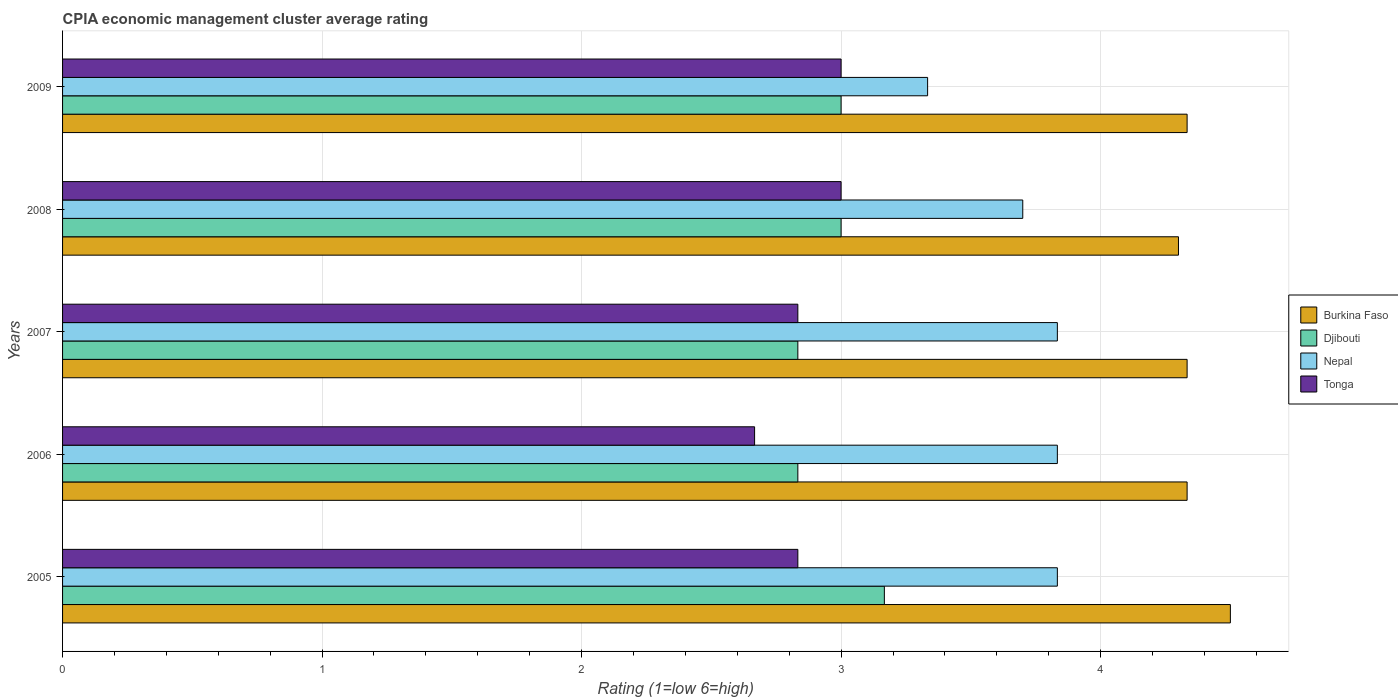
| Years | Burkina Faso | Djibouti | Nepal | Tonga |
 | --- | --- | --- | --- | --- |
 | 2005 | 4.5 | 3.17 | 3.83 | 2.83 |
 | 2006 | 4.33 | 2.83 | 3.83 | 2.67 |
 | 2007 | 4.33 | 2.83 | 3.83 | 2.83 |
 | 2008 | 4.3 | 3 | 3.7 | 3 |
 | 2009 | 4.33 | 3 | 3.33 | 3 |